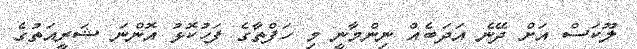
ލޫކަސް އަށް ދޭނެ އަދަބެއް ނިންމާނީ މި ހަފްތާގެ ފަހުކޮޅު އޮންނަ ޝަރީއަތުގެ